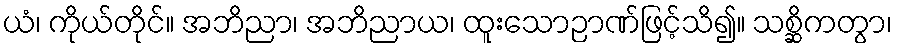
ယံ၊ ကိုယ်တိုင်။ အဘိညာ၊ အဘိညာယ၊ ထူးသောဉာဏ်ဖြင့်သိ၍။ သစ္ဆိကတွာ၊